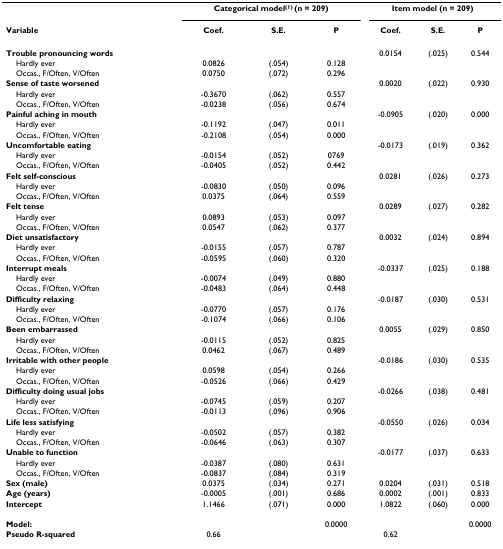
<table><thead><tr><td></td><td colspan="3"><b>Categorical model<sup>(1) </sup>(n = 209)</b></td><td colspan="3"><b>Item model (n = 209)</b></td></tr><tr><td><b>Variable</b></td><td><b>Coef.</b></td><td><b>S.E.</b></td><td><b>P</b></td><td><b>Coef.</b></td><td><b>S.E.</b></td><td><b>P</b></td></tr></thead><tbody><tr><td><b>Trouble pronouncing words</b></td><td></td><td></td><td></td><td>0.0154</td><td>(.025)</td><td>0.544</td></tr><tr><td> Hardly ever</td><td>0.0826</td><td>(.054)</td><td>0.128</td><td></td><td></td><td></td></tr><tr><td> Occas., F/Often, V/Often</td><td>0.0750</td><td>(.072)</td><td>0.296</td><td></td><td></td><td></td></tr><tr><td><b>Sense of taste worsened</b></td><td></td><td></td><td></td><td>0.0020</td><td>(.022)</td><td>0.930</td></tr><tr><td> Hardly ever</td><td>-0.3670</td><td>(.062)</td><td>0.557</td><td></td><td></td><td></td></tr><tr><td> Occas., F/Often, V/Often</td><td>-0.0238</td><td>(.056)</td><td>0.674</td><td></td><td></td><td></td></tr><tr><td><b>Painful aching in mouth</b></td><td></td><td></td><td></td><td>-0.0905</td><td>(.020)</td><td>0.000</td></tr><tr><td> Hardly ever</td><td>-0.1192</td><td>(.047)</td><td>0.011</td><td></td><td></td><td></td></tr><tr><td> Occas., F/Often, V/Often</td><td>-0.2108</td><td>(.054)</td><td>0.000</td><td></td><td></td><td></td></tr><tr><td><b>Uncomfortable eating</b></td><td></td><td></td><td></td><td>-0.0173</td><td>(.019)</td><td>0.362</td></tr><tr><td> Hardly ever</td><td>-0.0154</td><td>(.052)</td><td>0769</td><td></td><td></td><td></td></tr><tr><td> Occas., F/Often, V/Often</td><td>-0.0405</td><td>(.052)</td><td>0.442</td><td></td><td></td><td></td></tr><tr><td><b>Felt self-conscious</b></td><td></td><td></td><td></td><td>0.0281</td><td>(.026)</td><td>0.273</td></tr><tr><td> Hardly ever</td><td>-0.0830</td><td>(.050)</td><td>0.096</td><td></td><td></td><td></td></tr><tr><td> Occas., F/Often, V/Often</td><td>0.0375</td><td>(.064)</td><td>0.559</td><td></td><td></td><td></td></tr><tr><td><b>Felt tense</b></td><td></td><td></td><td></td><td>0.0289</td><td>(.027)</td><td>0.282</td></tr><tr><td> Hardly ever</td><td>0.0893</td><td>(.053)</td><td>0.097</td><td></td><td></td><td></td></tr><tr><td> Occas., F/Often, V/Often</td><td>0.0547</td><td>(.062)</td><td>0.377</td><td></td><td></td><td></td></tr><tr><td><b>Diet unsatisfactory</b></td><td></td><td></td><td></td><td>0.0032</td><td>(.024)</td><td>0.894</td></tr><tr><td> Hardly ever</td><td>-0.0155</td><td>(.057)</td><td>0.787</td><td></td><td></td><td></td></tr><tr><td> Occas., F/Often, V/Often</td><td>-0.0595</td><td>(.060)</td><td>0.320</td><td></td><td></td><td></td></tr><tr><td><b>Interrupt meals</b></td><td></td><td></td><td></td><td>-0.0337</td><td>(.025)</td><td>0.188</td></tr><tr><td> Hardly ever</td><td>-0.0074</td><td>(.049)</td><td>0.880</td><td></td><td></td><td></td></tr><tr><td> Occas., F/Often, V/Often</td><td>-0.0483</td><td>(.064)</td><td>0.448</td><td></td><td></td><td></td></tr><tr><td><b>Difficulty relaxing</b></td><td></td><td></td><td></td><td>-0.0187</td><td>(.030)</td><td>0.531</td></tr><tr><td> Hardly ever</td><td>-0.0770</td><td>(.057)</td><td>0.176</td><td></td><td></td><td></td></tr><tr><td> Occas., F/Often, V/Often</td><td>-0.1074</td><td>(.066)</td><td>0.106</td><td></td><td></td><td></td></tr><tr><td><b>Been embarrassed</b></td><td></td><td></td><td></td><td>0.0055</td><td>(.029)</td><td>0.850</td></tr><tr><td> Hardly ever</td><td>-0.0115</td><td>(.052)</td><td>0.825</td><td></td><td></td><td></td></tr><tr><td> Occas., F/Often, V/Often</td><td>0.0462</td><td>(.067)</td><td>0.489</td><td></td><td></td><td></td></tr><tr><td><b>Irritable with other people</b></td><td></td><td></td><td></td><td>-0.0186</td><td>(.030)</td><td>0.535</td></tr><tr><td> Hardly ever</td><td>0.0598</td><td>(.054)</td><td>0.266</td><td></td><td></td><td></td></tr><tr><td> Occas., F/Often, V/Often</td><td>-0.0526</td><td>(.066)</td><td>0.429</td><td></td><td></td><td></td></tr><tr><td><b>Difficulty doing usual jobs</b></td><td></td><td></td><td></td><td>-0.0266</td><td>(.038)</td><td>0.481</td></tr><tr><td> Hardly ever</td><td>-0.0745</td><td>(.059)</td><td>0.207</td><td></td><td></td><td></td></tr><tr><td> Occas., F/Often, V/Often</td><td>-0.0113</td><td>(.096)</td><td>0.906</td><td></td><td></td><td></td></tr><tr><td><b>Life less satisfying</b></td><td></td><td></td><td></td><td>-0.0550</td><td>(.026)</td><td>0.034</td></tr><tr><td> Hardly ever</td><td>-0.0502</td><td>(.057)</td><td>0.382</td><td></td><td></td><td></td></tr><tr><td> Occas., F/Often, V/Often</td><td>-0.0646</td><td>(.063)</td><td>0.307</td><td></td><td></td><td></td></tr><tr><td><b>Unable to function</b></td><td></td><td></td><td></td><td>-0.0177</td><td>(.037)</td><td>0.633</td></tr><tr><td> Hardly ever</td><td>-0.0387</td><td>(.080)</td><td>0.631</td><td></td><td></td><td></td></tr><tr><td> Occas., F/Often, V/Often</td><td>-0.0837</td><td>(.084)</td><td>0.319</td><td></td><td></td><td></td></tr><tr><td><b>Sex (male)</b></td><td>0.0375</td><td>(.034)</td><td>0.271</td><td>0.0204</td><td>(.031)</td><td>0.518</td></tr><tr><td><b>Age (years)</b></td><td>-0.0005</td><td>(.001)</td><td>0.686</td><td>0.0002</td><td>(.001)</td><td>0.833</td></tr><tr><td><b>Intercept</b></td><td>1.1466</td><td>(.071)</td><td>0.000</td><td>1.0822</td><td>(.060)</td><td>0.000</td></tr><tr><td><b>Model:</b></td><td></td><td></td><td>0.0000</td><td></td><td></td><td>0.0000</td></tr><tr><td><b>Pseudo R-squared</b></td><td>0.66</td><td></td><td></td><td>0.62</td><td></td><td></td></tr></tbody></table>